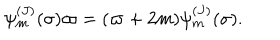
\psi _ { m } ^ { ( J ) } ( \sigma ) \varpi = ( \varpi + 2 m ) \psi _ { m } ^ { ( J ) } ( \sigma ) .